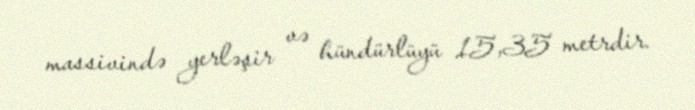
massivində yerləşir və hündürlüyü 15,35 metrdir.